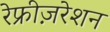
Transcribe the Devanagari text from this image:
रेफ्रीज़रेशन